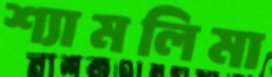
শ্যামলিমা